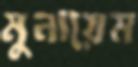
মুনায়েম